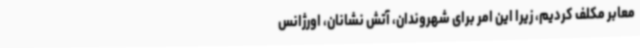
معابر مکلف کردیم، زیرا این امر برای شهروندان، آتش نشانان، اورژانس